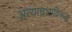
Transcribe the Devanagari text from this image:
अत्याचाराविरूद्ध